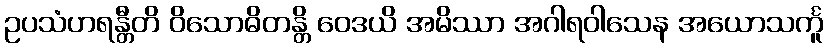
ဥပသံဟရန္တီတိ ဝိသောဓိတန္တိ ဝေဒယိ အမိဿာ အဂါရဝါသေန အယောသင်္ကူ